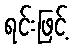
ရင်းဖြင့်